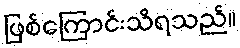
ဖြစ်ကြောင်းသိရသည်။